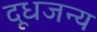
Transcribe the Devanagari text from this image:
दूधजन्य